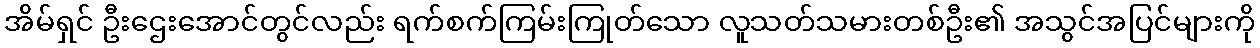
အိမ်ရှင် ဦးဌေးအောင်တွင်လည်း ရက်စက်ကြမ်းကြုတ်သော လူသတ်သမားတစ်ဦး၏ အသွင်အပြင်များကို